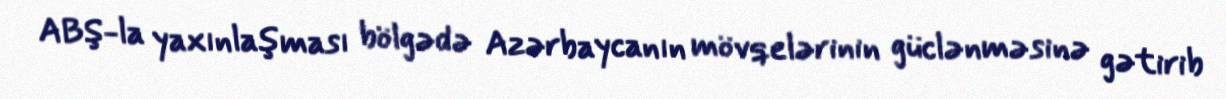
ABŞ-la yaxınlaşması bölgədə Azərbaycanın mövqelərinin güclənməsinə gətirib